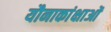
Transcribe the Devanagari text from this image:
यौनाकांक्षाओं